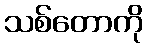
သစ်တောကို